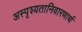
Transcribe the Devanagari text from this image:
अस्पृश्यतानिवारणार्थ